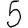
Digit: 5